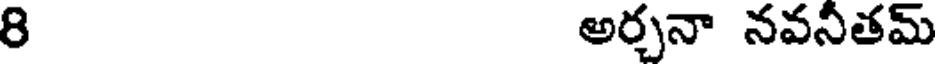
8 అర్చనా నవనీతమ్